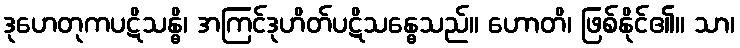
ဒုဟေတုကပဋိသန္ဓိ၊ အကြင်ဒုဟိတ်ပဋိသန္ဓေသည်။ ဟောတိ၊ ဖြစ်နိုင်၏။ သာ၊